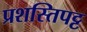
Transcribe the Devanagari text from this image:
प्रशस्तिपट्ट